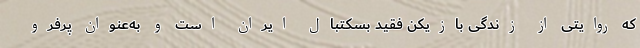
که روایتی از زندگی بازیکن فقید بسکتبال ایران است و به‌عنوان پرفرو